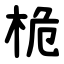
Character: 桅